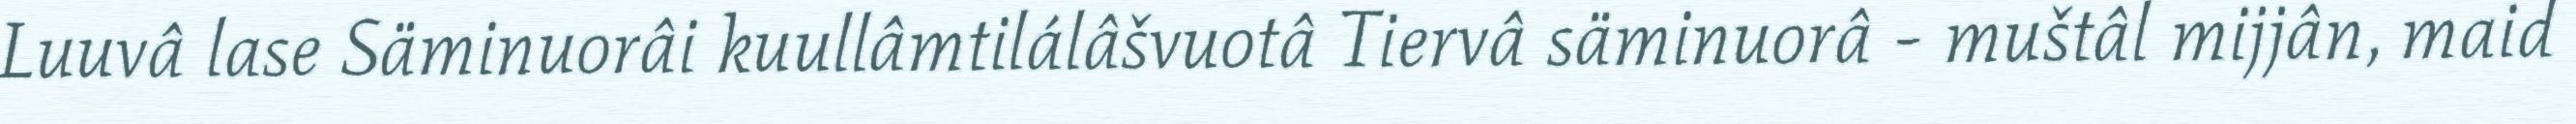
Luuvâ lase Säminuorâi kuullâmtilálâšvuotâ Tiervâ säminuorâ - muštâl mijjân, maid